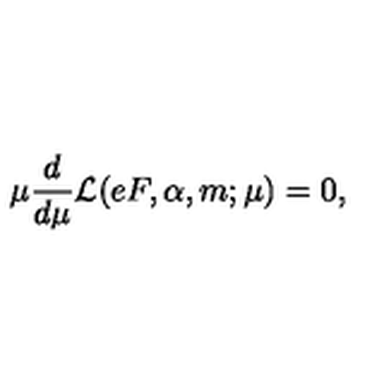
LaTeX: \mu \frac { d } { d \mu } { \cal L } ( e F , \alpha , m ; \mu ) = 0 ,